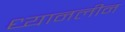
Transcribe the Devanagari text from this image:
ध्यानलीन